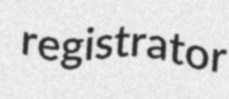
registrator